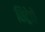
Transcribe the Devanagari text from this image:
सिट्रेटों